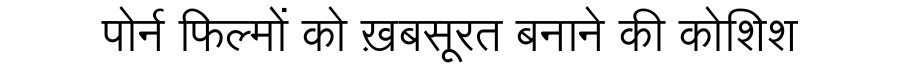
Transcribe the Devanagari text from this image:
पोर्न फिल्मों को ख़बसूरत बनाने की कोशिश